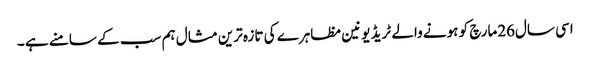
اسی سال26مارچ کو ہونے والے ٹریڈ یونین مظاہرے کی تازہ ترین مثال ہم سب کے سامنے ہے ۔